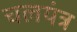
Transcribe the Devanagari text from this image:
चलयंत्र